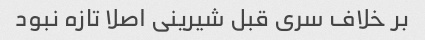
بر خلاف سری قبل شیرینی اصلا تازه نبود